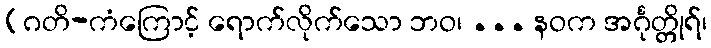
[ဂတိ-ကံကြောင့် ရောက်လိုက်သော ဘဝ၊ ... နဝက အင်္ဂုတ္တိုရ်၊